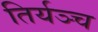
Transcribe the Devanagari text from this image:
तिर्यञ्च